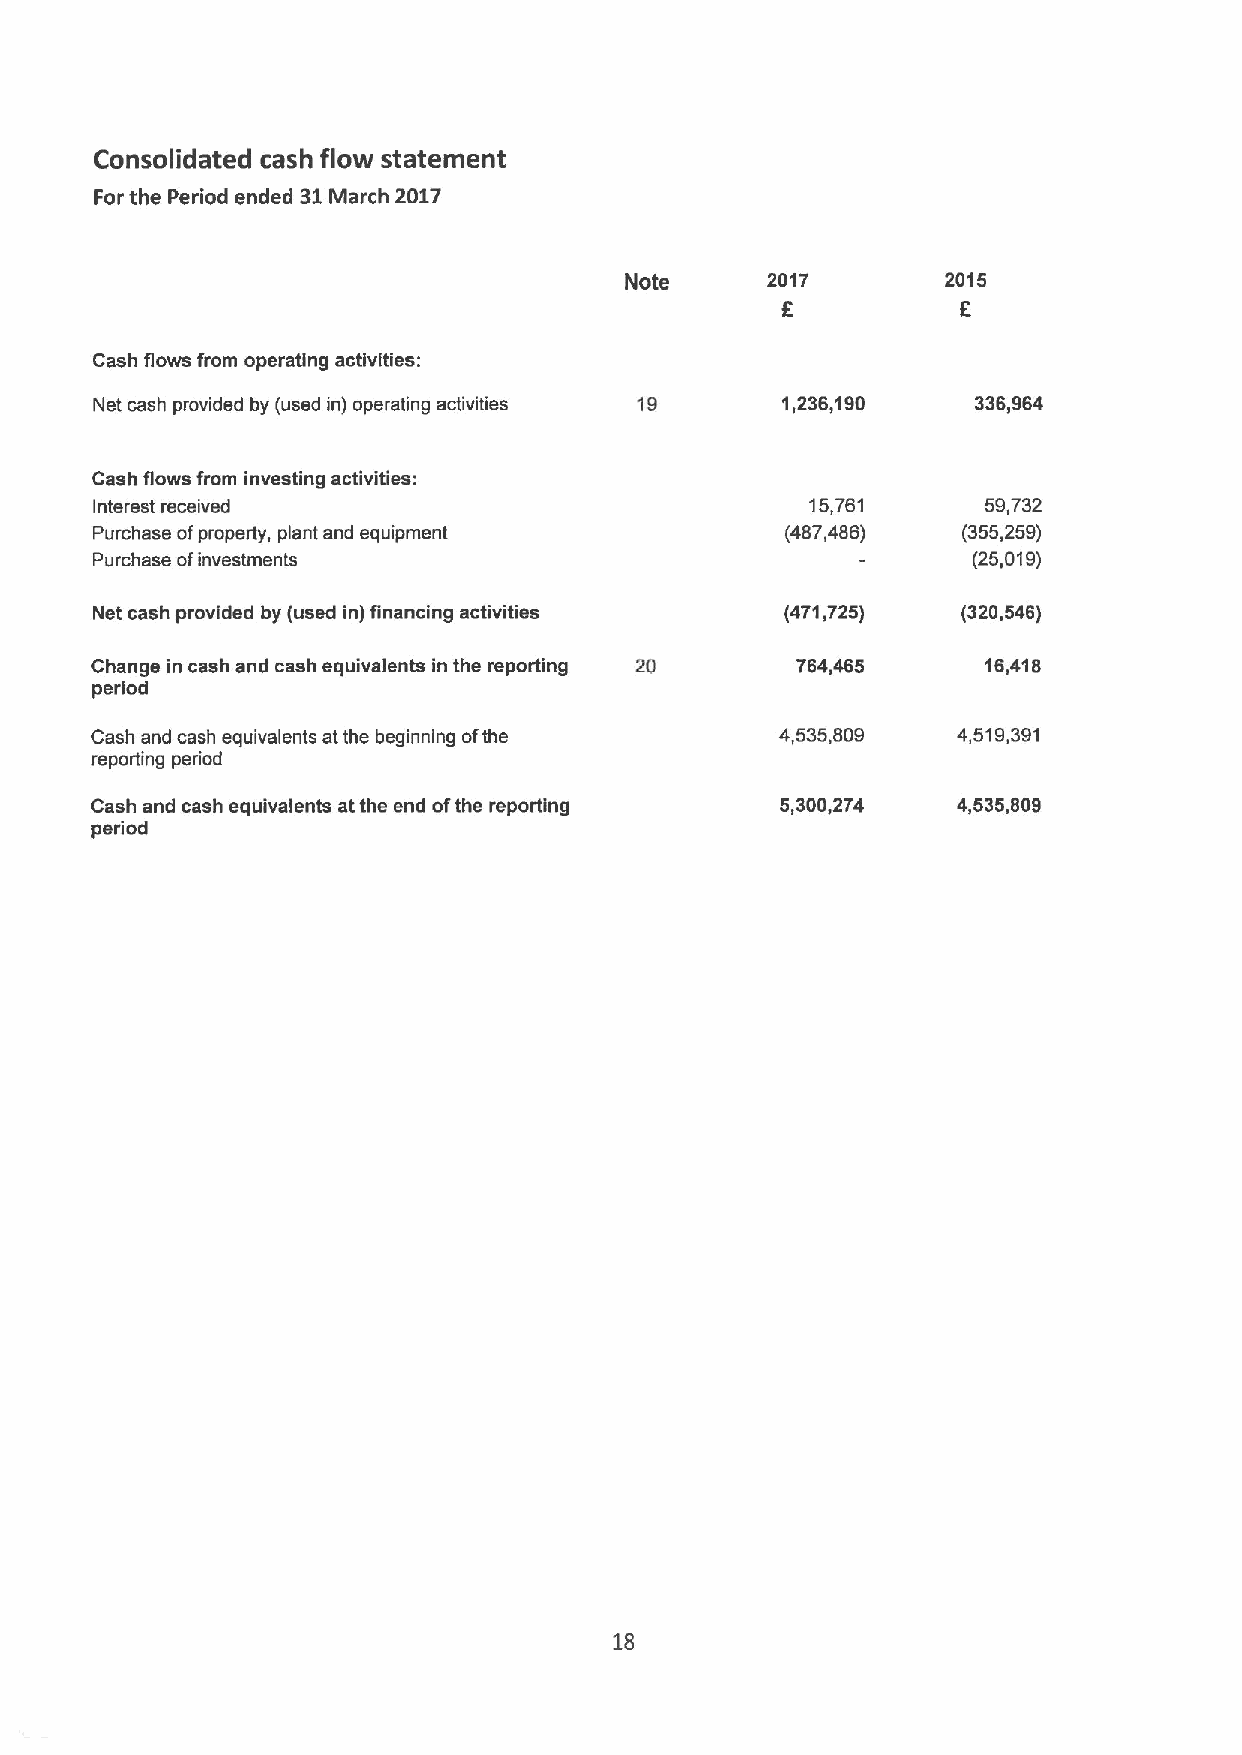
Consolidated cash flow statement
 For the Period ended 51March 2017
 Note      2017        2015
 6
 Cash flows from operating activities:
 Net cash provided by (used in) operating activities 19 1,236,190 336,964
 Cash flows from investing activities:
 Interest received                               15,761     59,732
 Purchase ofproperty, plant and equipment      (487,486)   (355,259)
 Purchase ofinvestments                                    (25,019)
 Net cash provided by (used in) financing activities (471,725) (320,546)
 Change in cash and cash equivalents in the reporting 20 764,465 16,418
 period
 Cash and cash equivalents atthe beginning ofthe 4,535,809 4,519,391
 reporting period
 Cash and cash equivalents atthe end ofthe reporting 5,300,274 4,535,809
 pediod
 18